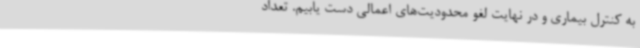
به کنترل بیماری و در نهایت لغو محدودیت‌های اعمالی دست یابیم. تعداد